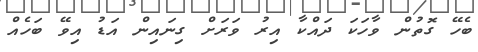
ބެހޭ ގޮތުން ވާހަކަ ދައްކާ އިރު ވަރަށް ގިނައިން އަޑު އިވޭ ބަހެއް